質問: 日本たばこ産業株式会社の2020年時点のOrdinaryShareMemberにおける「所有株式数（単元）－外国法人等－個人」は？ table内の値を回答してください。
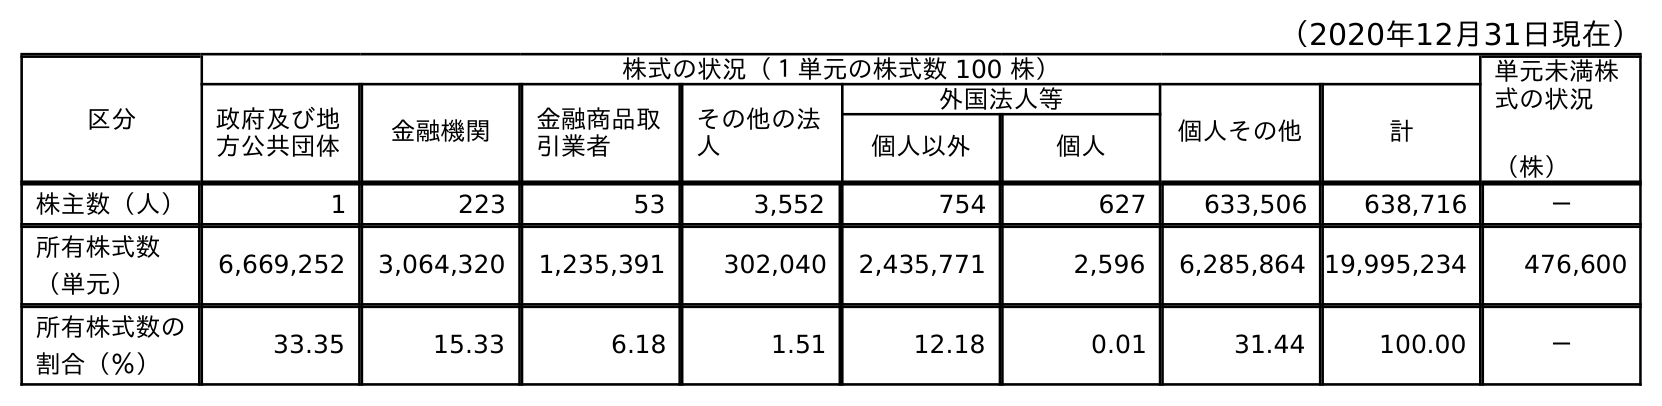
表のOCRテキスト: （2020年12月31日現在） 区分 株式の状況（１単元の株式数 100 株） 単元未満株 式の状況 （株） 政府及び地 方公共団体 金融機関 金融商品取 引業者 その他の法 人 外国法人等 個人その他 計 個人以外 個人 株主数（人） 1 223 53 3,552 754 627 633,506 638,716 － 所有株式数 （単元） 6,669,252 3,064,320 1,235,391 302,040 2,435,771 2,596 6,285,864 19,995,234 476,600 所有株式数の 割合（％） 33.35 15.33 6.18 1.51 12.18 0.01 31.44 100.00 －
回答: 2,596